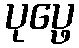
ပုပ္ဖေ